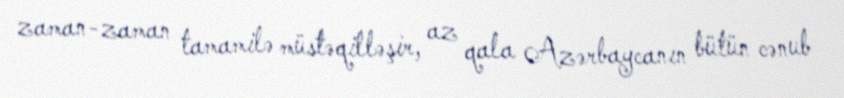
zaman-zaman tamamilə müstəqilləşir, az qala Azərbaycanın bütün cənub